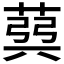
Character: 𦳪